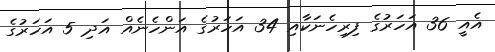
އެއީ 36 އަހަރުގެ ފިރިހެނަކާއި 34 އަހަރުގެ އަންހެނެއް އަދި 5 އަހަރުގެ